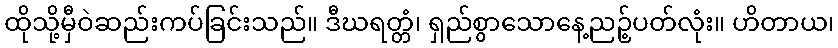
ထိုသို့မှီဝဲဆည်းကပ်ခြင်းသည်။ ဒီဃရတ္တံ၊ ရှည်စွာသောနေ့ညဉ့်ပတ်လုံး။ ဟိတာယ၊